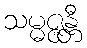
သမ္မဇ္ဇန္တီ